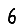
Digit: 6